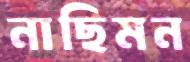
নাছিমন